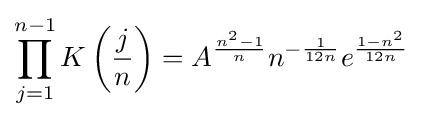
\prod _{j=1}^{n-1}K\left({\frac {j}{n}}\right)=A^{\frac {n^{2}-1}{n}}n^{-{\frac {1}{12n}}}e^{\frac {1-n^{2}}{12n}}